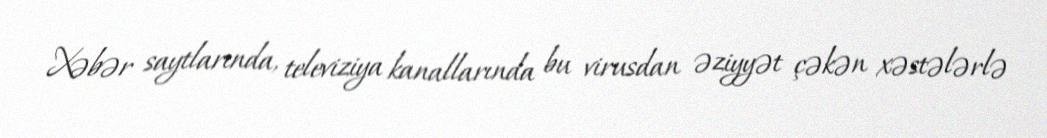
Xəbər saytlarında, televiziya kanallarında bu virusdan əziyyət çəkən xəstələrlə